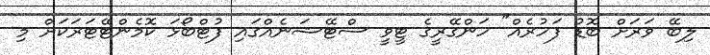
ލިބޭ ވަރަށް ބޮޑު ފަހުރެއް" ހަންގޭރީގެ ޓީވީ ސްޓޭޝަނެއްގައި ފުޓްބޯޅަ ކޮމެންޓޭޓަރަކަށް މި